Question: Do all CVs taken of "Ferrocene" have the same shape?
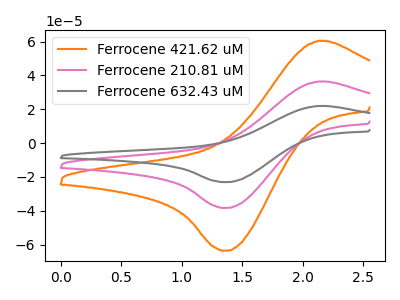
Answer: <think>The orange curve "Ferrocene 421.62 uM" has an anodic peak at (2.15V, 60.45uA) and a cathodic peak at (1.40V, -63.65uA). The pink curve "Ferrocene 210.81 uM" has an anodic peak at (2.15V, 36.45uA) and a cathodic peak at (1.40V, -38.35uA). The gray curve "Ferrocene 632.43 uM" has an anodic peak at (2.15V, 72.85uA) and a cathodic peak at (1.40V, -76.65uA).
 All the peaks in "Ferrocene 421.62 uM" have a peak in "Ferrocene 210.81 uM" at the same potential. Every peak in "Ferrocene 421.62 uM" is higher than every peak in "Ferrocene 210.81 uM". All the peaks in "Ferrocene 421.62 uM" have a peak in "Ferrocene 632.43 uM" at the same potential. Every peak in "Ferrocene 421.62 uM" is lower than every peak in "Ferrocene 632.43 uM". All the peaks in "Ferrocene 210.81 uM" have a peak in "Ferrocene 632.43 uM" at the same potential. Every peak in "Ferrocene 210.81 uM" is lower than every peak in "Ferrocene 632.43 uM".</think>
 <answer>All the CV's of "Ferrocene" have similar shape.</answer>
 <eval>follow_rule</eval>